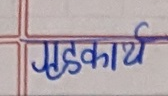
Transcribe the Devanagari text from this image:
गृहकार्य